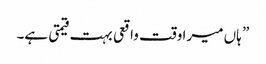
” ہاں میرا وقت واقعی بہت قیمتی ہے۔